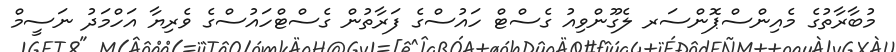
މުބާރާތުގެ މެއިންސްޕޮންސަރ ލެގޫންވިއު ގެސްޓް ހައުސްގެ ފަރާތުން ގެސްޓްހައުސްގެ ވެރިޔާ އަހްމަދު ނަސީމް